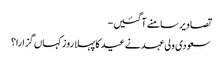
تصاویر سامنے آگئیں -
سعودی ولی عہد نے عید کا پہلا روز کہاں گزارا؟